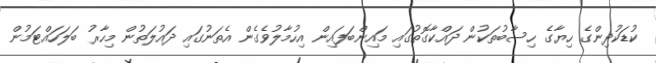
ކުޑަކުދިންގެ ހިޔާގެ ހިސާބުތަކުން ދައްކާގޮތުގައި މައިންބަފައިން އިހުމާލުވެގެން އެތަނުގައި ދައުލަތުން މިހާރު ބަލަހައްޓަމުން